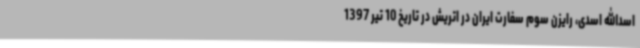
اسدالله اسدی، رایزن سوم سفارت ایران در اتریش در تاریخ 10 تیر 1397